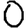
Digit: 0